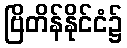
ဗြိတိန်နိုင်ငံ၌